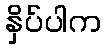
နှိပ်ပါက